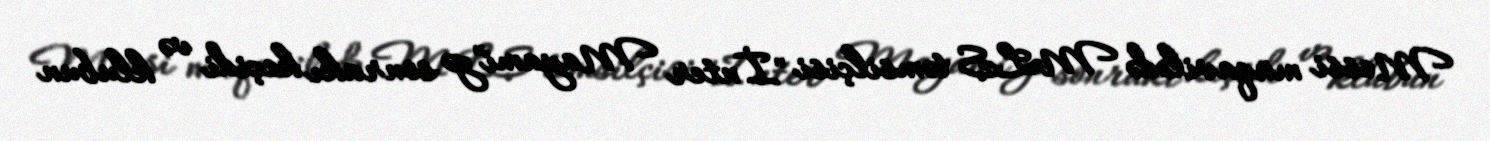
Messi müqavilədə MLS təmsilçisi "İnter Mayami"yə sonrakı keçidi və klubun